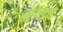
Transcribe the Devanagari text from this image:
साक्ता